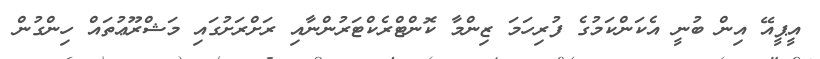
އީޕީއޭ އިން ބުނީ އެކަންކަމުގެ ފުރިހަމަ ޒިންމާ ކޮންޓްރެކްޓަރުންނާއި ރަށްރަށުގައި މަޝްރޫޢުތައް ހިންގުން